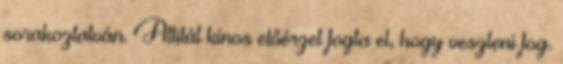
sorakoztatván. Attilát kinos előérzet fogta el, hogy veszteni fog.